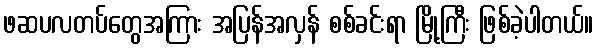
ဖဆပလတပ်တွေအကြား အပြန်အလှန် စစ်ခင်းရာ မြို့ကြီး ဖြစ်ခဲ့ပါတယ်။